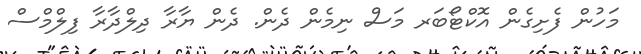
މަހުން ފެށިގެން އޮކްޓޯބަރ މަސް ނިމެން ދެން. ދެން ޔާރާ ދިލްދާރާ ފިލްމްސް